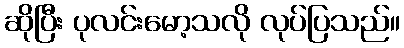
ဆိုပြီး ပုလင်းမော့သလို လုပ်ပြသည်။